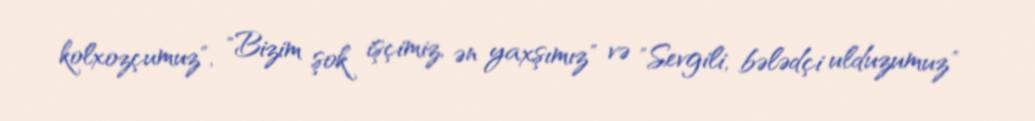
kolxozçumuz", "Bizim şok işçimiz, ən yaxşımız" və "Sevgili, bələdçi ulduzumuz"